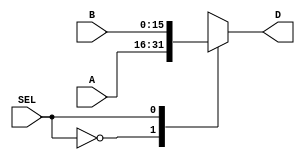
module mux2x1_16b(A,B,SEL,D); // Mux 2 para 1 com IO de 16 bits;

    input [15:0]A,B;
    input [0:0] SEL;

    output reg[15:0] D;

    always @ (A or B or SEL) begin

        case(SEL)

            1'b0: D <= A;
            1'b1: D <= B;

        endcase

    end

endmodule

module mux4x1_16b(A,B,C,D,SEL,E); // Mux 4 para 1 com IO's de 16 bits;

    input [15:0] A,B,C,D;
    input [1:0] SEL;
    output reg[15:0] E;

    always @ (A or B or C or D or SEL) begin

        case(SEL)

            2'b00: E <= A;
            2'b01: E <= B;
            2'b10: E <= C;
            2'b11: E <= D;
            
        endcase

    end

endmodule